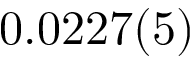
0 . 0 2 2 7 ( 5 )